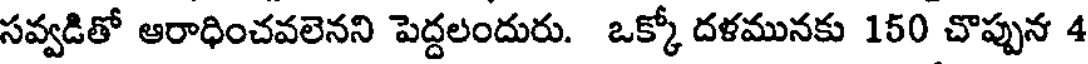
సవ్వడితో ఆరాధించవలెనని పెద్దలందురు. ఒక్కో దళమునకు 150 చొప్పున 4